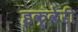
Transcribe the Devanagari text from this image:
इक्वेरी